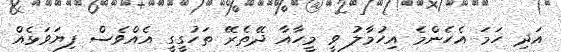
އަދި ހަމަ އެހެންމެ އިހުމާލު ވީ މީހާއާ ދޭތެރޭ ތަހުގީގީ އެއްވެސް ފިޔަވަޅެއް